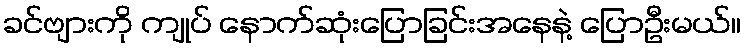
ခင်ဗျားကို ကျုပ် နောက်ဆုံးပြောခြင်းအနေနဲ့ ပြောဦးမယ်။